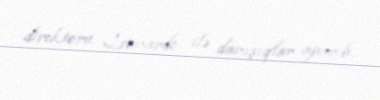
direktoru Leonardo ilə danışıqlar aparıb.